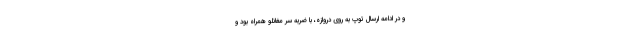
و در ادامه ارسال توپ به روی دروازه، با ضربه سر مغانلو همراه بود و